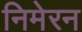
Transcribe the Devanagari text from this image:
निमेरन